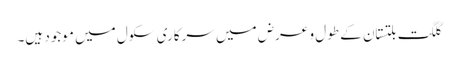
گلگت بلتستان کے طول و عرض میں سرکاری سکول میں موجود ہیں۔